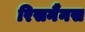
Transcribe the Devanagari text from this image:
रिसनैंनस